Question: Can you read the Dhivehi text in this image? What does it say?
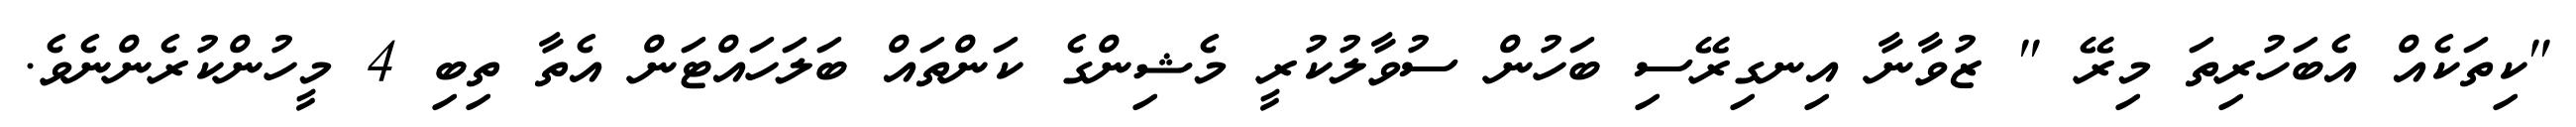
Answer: "ކިތަކެއް އެބަހުރިތަ މިރޭ " ޒުވާނާ އިނގިރޭސި ބަހުން ސުވާލުކުރީ މެޝިންގެ ކަންތައް ބަލަހައްޓަން އެތާ ތިބި 4 މީހުންކުރެންނެވެ.